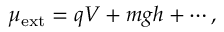
\mu _ { \mathrm { e x t } } = q V + m g h + \cdots ,